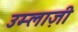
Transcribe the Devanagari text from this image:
उम्लाज़ी